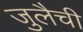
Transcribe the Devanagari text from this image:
जुलैची